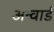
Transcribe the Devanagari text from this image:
अन्वार्ड